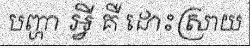
បញ្ហា អ្វី គឺ ដោះស្រាយ